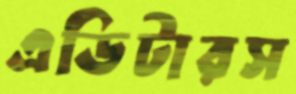
এডিটারস